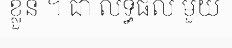
ខ្លួន ។ ជា លទ្ធផល មួយ